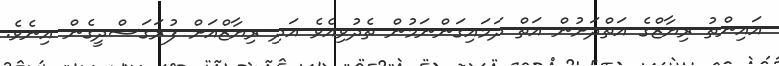
އައިންތު ރިޔާޒްގެ އަތްދަށުން އަތް ދަމައިގަންނަމުން ތެދުވިއެވެ އަދި ރިޔާޒްއަށް ފުރަގަސްދީގެން އިނެވެ.